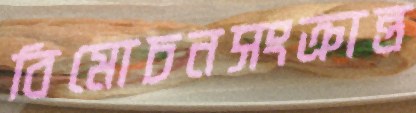
বিমোচনসংক্রান্ত